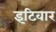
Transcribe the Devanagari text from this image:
इटिवार